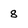
Character: 8